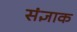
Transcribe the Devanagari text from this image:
संज्ञाक